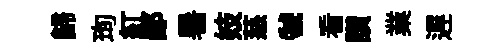
歸珣紅鄙暑妓慈虢看讃業遅